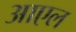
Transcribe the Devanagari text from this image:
आएल